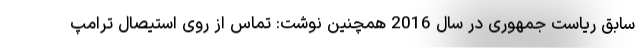
سابق ریاست جمهوری در سال 2016 همچنین نوشت: تماس از روی استیصال ترامپ